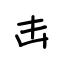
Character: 击